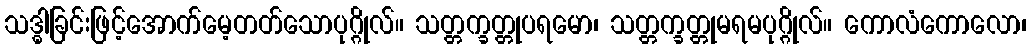
သဒ္ဓါခြင်းဖြင့်အောက်မေ့တတ်သောပုဂ္ဂိုလ်။ သတ္တက္ခတ္တုပရမော၊ သတ္တက္ခတ္တုမရမပုဂ္ဂိုလ်။ ကောလံကောလော၊